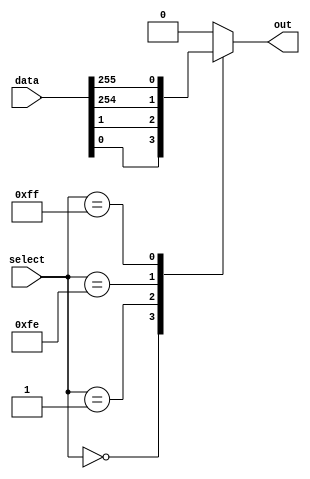
module mux_256_1 (
    input wire [255:0] data,
    input wire [7:0] select,
    output reg out
);

always @* begin
    case(select)
        8'b00000000: out = data[0];
        8'b00000001: out = data[1];
        // continue for all 256 cases
        8'b11111110: out = data[254];
        8'b11111111: out = data[255];
        default: out = 8'b00000000; // default output if select is out of range
    endcase
end

endmodule